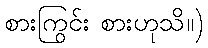
စားကြွင်း စားဟုသိ။)